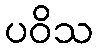
ပဝိသ